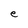
Character: e